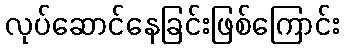
လုပ်ဆောင်နေခြင်းဖြစ်ကြောင်း